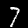
Digit: 7